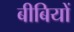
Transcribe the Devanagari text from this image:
बीबियों